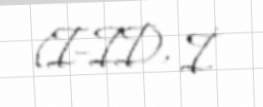
(I–II), İ.